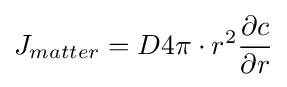
J_{matter}=D4\pi \cdot r^{2}{\frac {\partial c}{\partial r}}